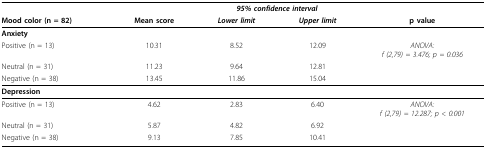
<table><thead><tr><td></td><td></td><td colspan="2"><b><i>95% confidence interval</i></b></td><td></td></tr><tr><td><b>Mood color (n = 82)</b></td><td><b>Mean score</b></td><td><b><i>Lower limit</i></b></td><td><b><i>Upper limit</i></b></td><td><b>p value</b></td></tr></thead><tbody><tr><td><b>Anxiety</b></td><td></td><td></td><td></td><td></td></tr><tr><td>Positive (n = 13)</td><td>10.31</td><td>8.52</td><td>12.09</td><td><i>ANOVA:</i><i>f (2,79) = 3.476; p = 0.036</i></td></tr><tr><td>Neutral (n = 31)</td><td>11.23</td><td>9.64</td><td>12.81</td><td></td></tr><tr><td>Negative (n = 38)</td><td>13.45</td><td>11.86</td><td>15.04</td><td></td></tr><tr><td><b>Depression</b></td><td></td><td></td><td></td><td></td></tr><tr><td>Positive (n = 13)</td><td>4.62</td><td>2.83</td><td>6.40</td><td><i>ANOVA:</i><i>f (2,79) = 12.287; p &lt; 0.001</i></td></tr><tr><td>Neutral (n = 31)</td><td>5.87</td><td>4.82</td><td>6.92</td><td></td></tr><tr><td>Negative (n = 38)</td><td>9.13</td><td>7.85</td><td>10.41</td><td></td></tr></tbody></table>